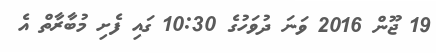
19 ޖޫން 2016 ވަނަ ދުވަހުގެ 10:30 ގައި ފެށި މުބާރާތް އެ